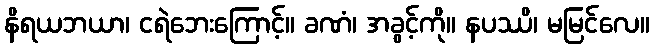
နိရယဘယာ၊ ငရဲဘေးကြောင့်။ ခဏံ၊ အခွင့်ကို။ နပဿိ၊ မမြင်လေ။